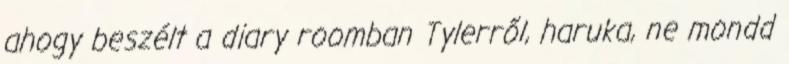
ahogy beszélt a diary roomban Tylerről, haruka, ne mondd